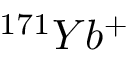
{ } ^ { 1 7 1 } Y b ^ { + }